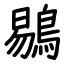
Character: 鶍